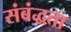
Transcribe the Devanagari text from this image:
संबंद्धता